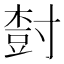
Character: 𡬾